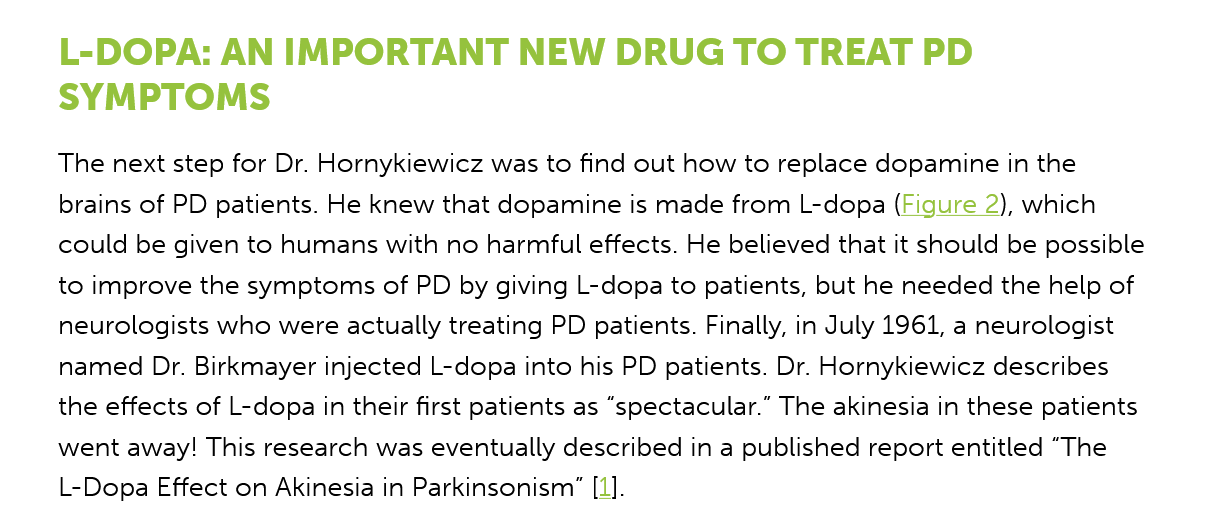
L-DOPA:    AN   IMPORTANT    NEW    DRUG  TO    TREAT    PD
     SYMPTOMS
     The next step for Dr. Hornykiewicz was to find out how to replace dopamine in the
     brains of PD patients. He knew that dopamine is made from L-dopa (Figure 2), which
     could be given to humans with no harmful effects. He believed that it should be possible
     to improve the symptoms of PD by giving L-dopa to patients, but he needed the help of
     neurologists who were actually treating PD patients. Finally, in July 1961, a neurologist
     named Dr. Birkmayer injected L-dopa into his PD patients. Dr. Hornykiewicz describes
     the effects of L-dopa in their first patients as “spectacular.” The akinesia in these patients
     went away! This research was eventually described in a published report entitled “The
     L-Dopa Effect on Akinesia in Parkinsonism” [1].